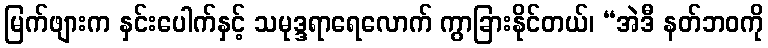
မြက်ဖျားက နှင်းပေါက်နှင့် သမုဒ္ဒရာရေလောက် ကွာခြားနိုင်တယ်၊ “အဲဒီ နတ်ဘဝကို